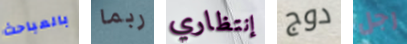
بالمباحث ربما إنتظاري دوج رجل